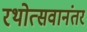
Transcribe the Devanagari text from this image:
रथोत्सवानंतर